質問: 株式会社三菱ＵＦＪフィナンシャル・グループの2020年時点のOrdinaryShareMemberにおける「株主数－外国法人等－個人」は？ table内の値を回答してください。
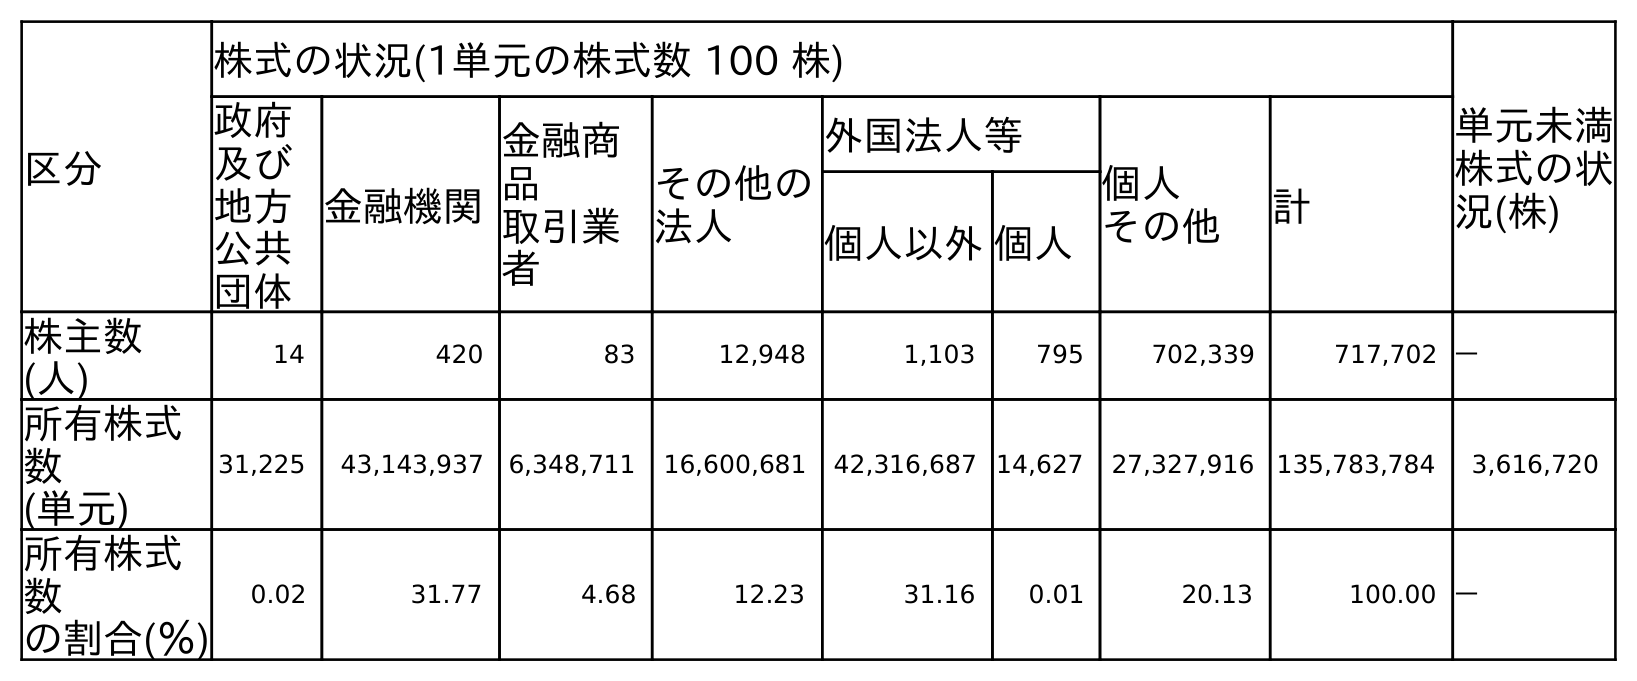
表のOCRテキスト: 区分 株式の状況(1単元の株式数 100 株) 単元未満 株式の状 況(株) 政府 及び 地方 公共 団体 金融機関 金融商 品 取引業 者 その他の 法人 外国法人等 個人 その他 計 個人以外個人 株主数 (人) 14 420 83 12,948 1,103 795 702,339 717,702 ― 所有株式 数 (単元) 31,225 43,143,937 6,348,711 16,600,681 42,316,687 14,627 27,327,916 135,783,784 3,616,720 所有株式 数 の割合(％) 0.02 31.77 4.68 12.23 31.16 0.01 20.13 100.00 ―
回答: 795